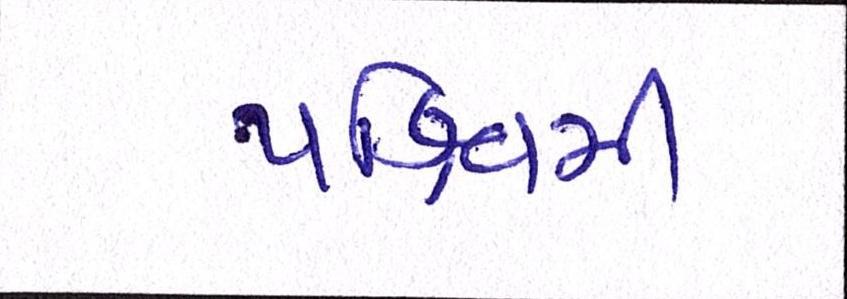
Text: પશ્ચિમી